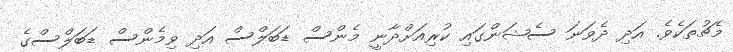
މެޗުތަކެވެ. އަދި ދެވަނަ ސެޝަންގައި ކުރިއަށްދާނީ މެންސް ޑަބަލްސް އަދި ވިމެންސް ޑަބަލްސްގެ